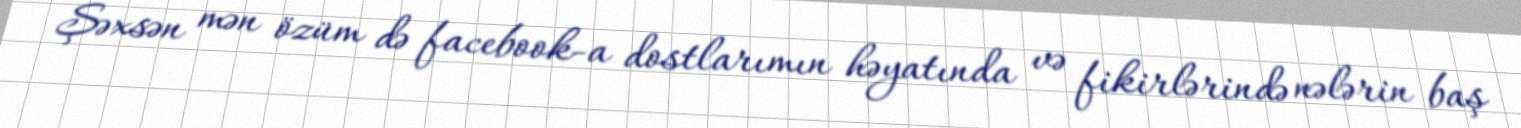
Şəxsən mən özüm də facebook-a dostlarımın həyatında və fikirlərində nələrin baş